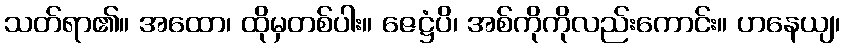
သတ်ရာ၏။ အထော၊ ထိုမှတစ်ပါး။ ဇေဋ္ဌံပိ၊ အစ်ကိုကိုလည်းကောင်း။ ဟနေယျ၊